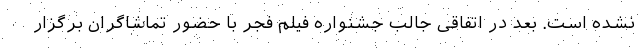
نشده است. بعد در اتفاقی جالب جشنواره فیلم فجر با حضور تماشاگران برگزار